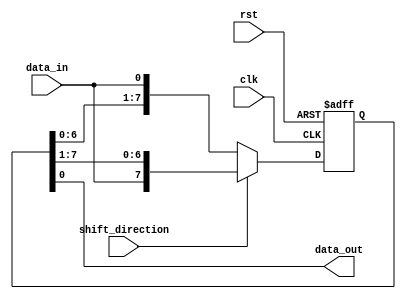
module shift_register(
    input wire clk,
    input wire rst,
    input wire shift_direction,
    input wire data_in,
    output wire data_out
);

parameter WIDTH = 8; // Number of bits in the shift register

reg [WIDTH-1:0] shift_reg;

always @(posedge clk or posedge rst) begin
    if(rst) begin
        shift_reg <= 0;
    end else begin
        if(shift_direction) begin
            shift_reg <= {data_in, shift_reg[WIDTH-1:1]};
        end else begin
            shift_reg <= {shift_reg[WIDTH-2:0], data_in};
        end
    end
end

assign data_out = shift_reg[0];

endmodule